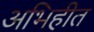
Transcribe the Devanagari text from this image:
अभिहीत